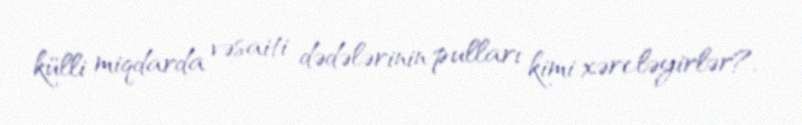
külli miqdarda vəsaiti dədələrinin pulları kimi xərcləyirlər?.